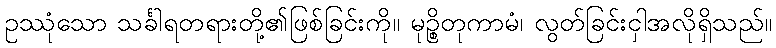
ဥဿုံသော သင်္ခါရတရားတို့၏ဖြစ်ခြင်းကို။ မုဉ္စိတုကာမံ၊ လွတ်ခြင်းငှါအလိုရှိသည်။